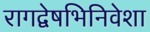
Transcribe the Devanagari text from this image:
रागद्वेषभिनिवेशा